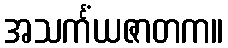
အသင်္ကံယဇာတက။